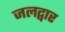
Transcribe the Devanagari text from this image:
जलद्वार